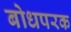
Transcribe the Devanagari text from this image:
बोधपरक